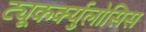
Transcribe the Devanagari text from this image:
ट्यूकर्क्युलोसिस